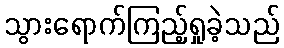
သွားရောက်ကြည့်ရှုခဲ့သည်